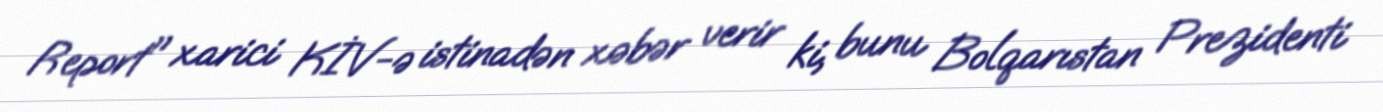
Report" xarici KİV-ə istinadən xəbər verir ki, bunu Bolqarıstan Prezidenti